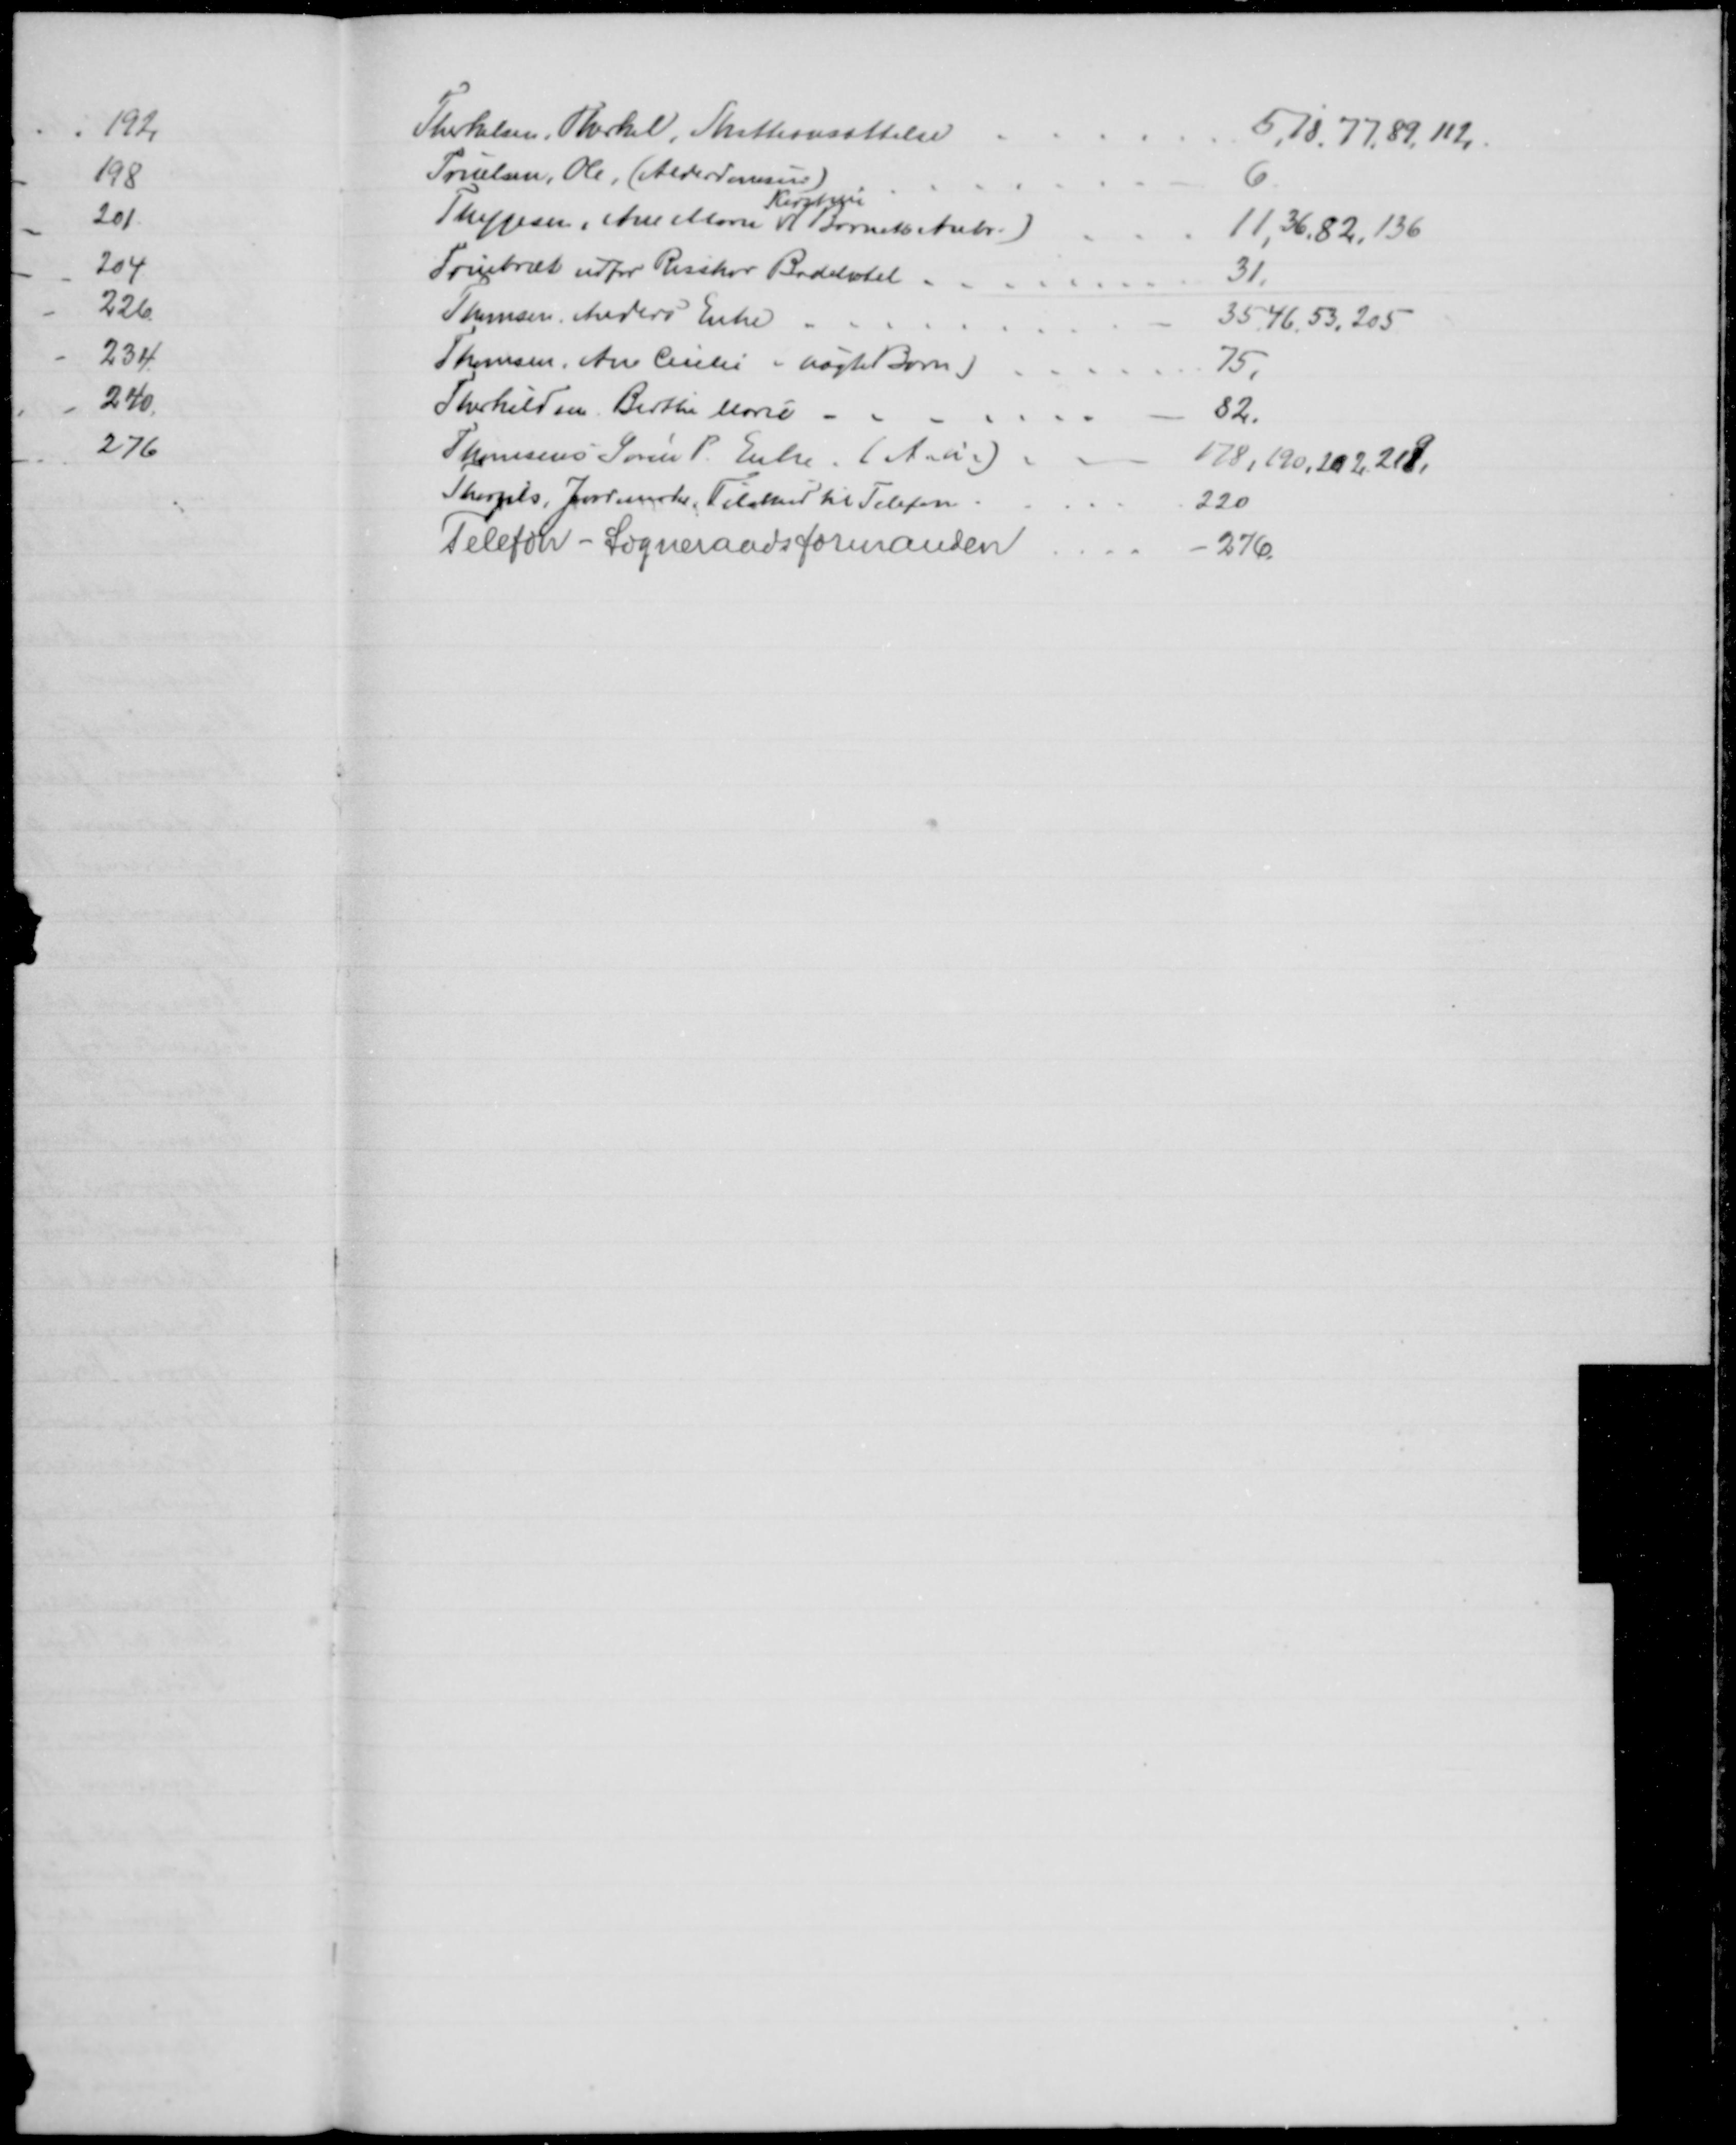
Transskription:
Therkelsen, Therkel, Skatteansættelse
5,18,77,89, 112,
Truelsen, Ole (Alderdomsu:)
6
Thygesen, Ane Marie 
Kirstine
(Barnets Anbr.)
11,36,82,136
Trinbræt udfor Risskov Badehotel.
31.
Thomsen, Anders Enke
35,46, 53,205
Thomsen, Ane Cecilie (uægte Barn)
75.
Therkildsen. Birthe Marie 
82.
Thomsens Søren P. Enke. (A.u.)
178,190, 202, 219,
Thorgils, Jordemoder Tilskud til Telefon.
220
Telefon - Sogneraadsformanden
276